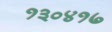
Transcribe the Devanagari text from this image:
१३०४१७